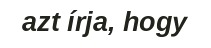
azt írja, hogy